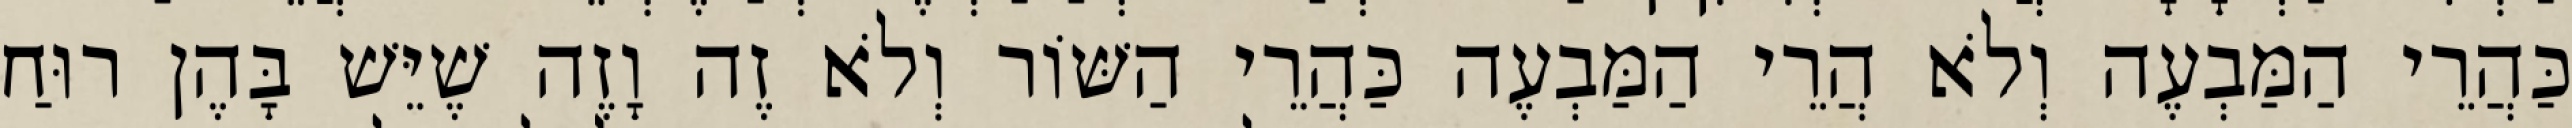
כַּהֲרֵי הַמַּבְעֶה וְלֹא הֲרֵי הַמַּבְעֶה כַּהֲרֵי הַשּׁוֹר וְלֹא זֶה וָזֶה שֶׁיֵּשׁ בָּהֶן רוּחַ